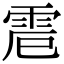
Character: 𩂒